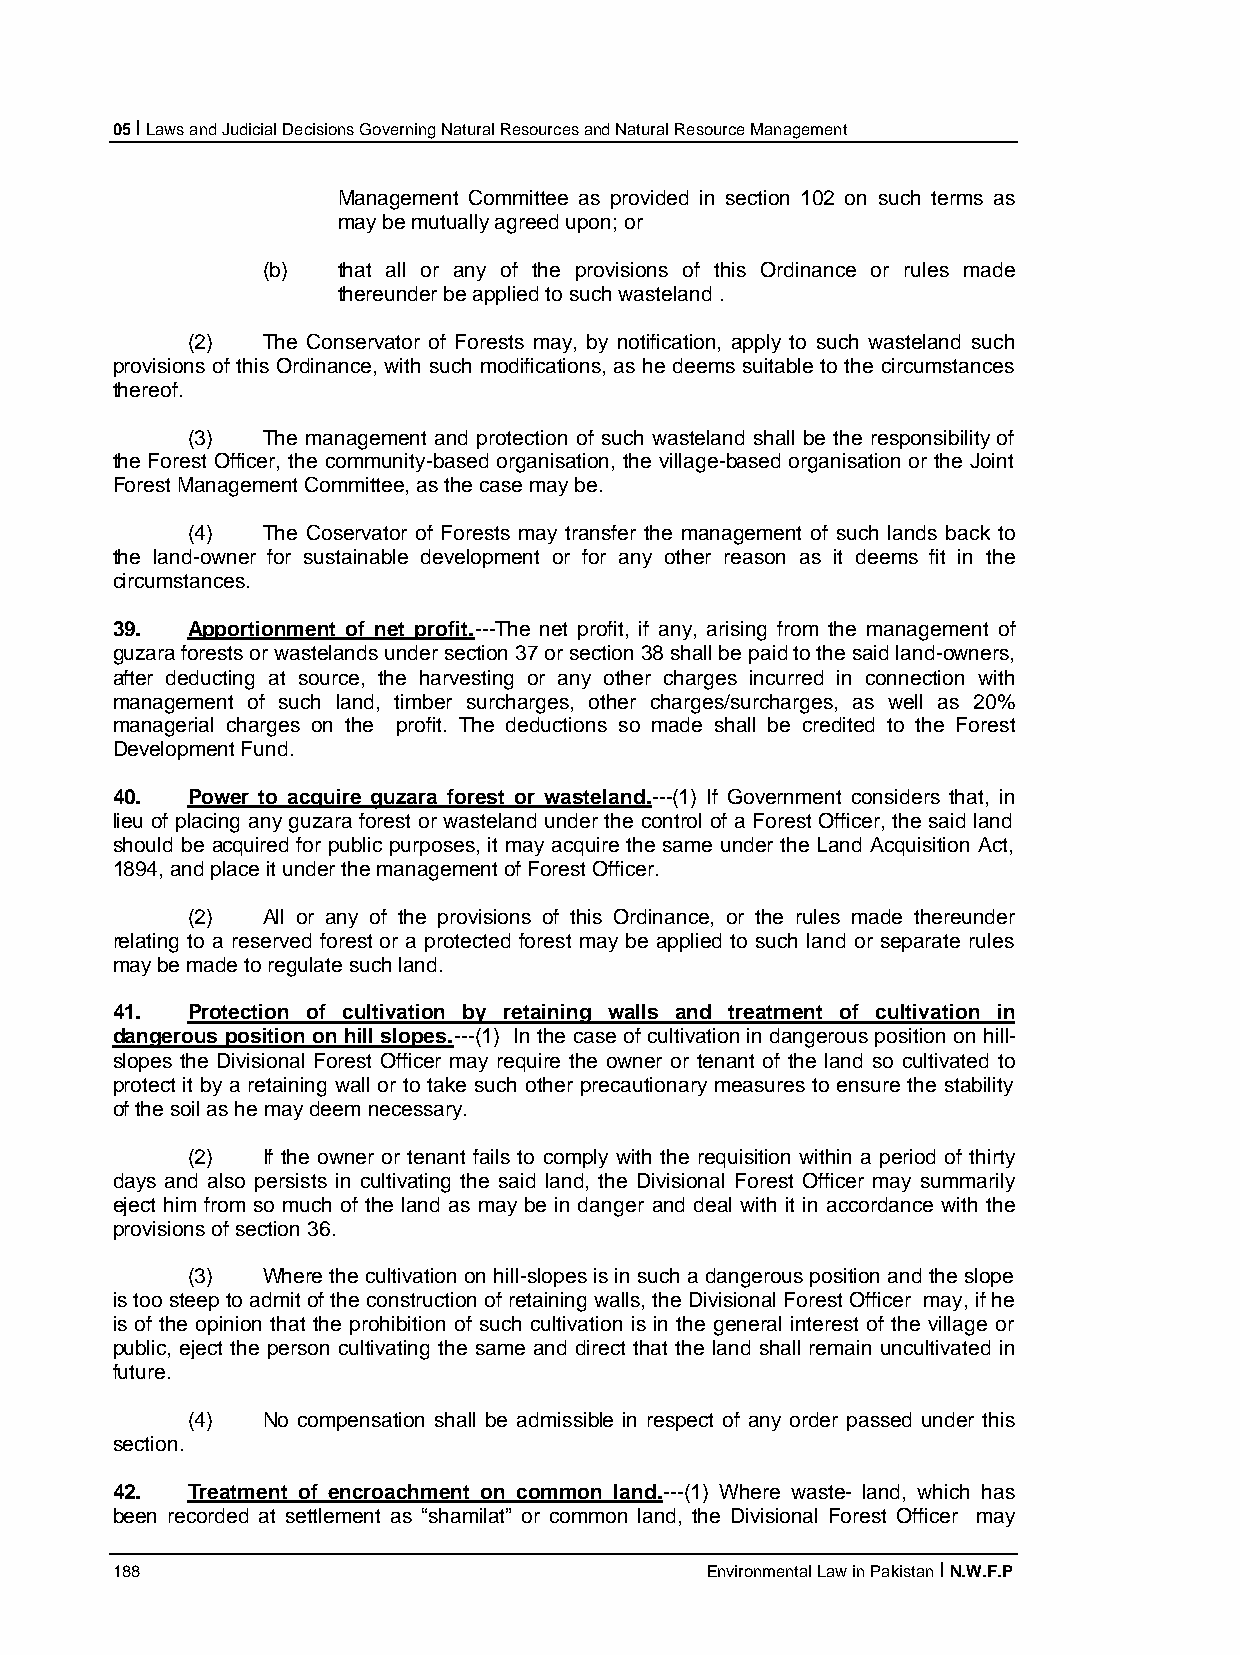
05 I Laws and Judicial Decisions Governing Natural Resources and Natural Resource Management
 Management Committee as provided in section 102 on such terms as
 may be mutually agreed upon; or
 (b)  that all or any of the provisions of this Ordinance or rules made
 thereunder be applied to such wasteland .
 (2)  The Conservator of Forests may, by notification, apply to such wasteland such
 provisions of this Ordinance, with such modifications, as he deems suitable to the circumstances
 thereof.
 (3)  The management and protection of such wasteland shall be the responsibility of
 the Forest Officer, the community-based organisation, the village-based organisation or the Joint
 Forest Management Committee, as the case may be.
 (4)  The Coservator of Forests may transfer the management of such lands back to
 the land-owner for sustainable development or for any other reason as it deems fit in the
 circumstances.
 39.  Apportionment of net profit.---The net profit, if any, arising from the management of
 guzara forests or wastelands under section 37 or section 38 shall be paid to the said land-owners,
 after deducting at source, the harvesting or any other charges incurred in connection with
 management of such land, timber surcharges, other charges/surcharges, as well as 20%
 managerial charges on the profit. The deductions so made shall be credited to the Forest
 Development Fund.
 40.  Power to acquire guzara forest or wasteland.---(1) If Government considers that, in
 lieu of placing any guzara forest or wasteland under the control of a Forest Officer, the said land
 should be acquired for public purposes, it may acquire the same under the Land Acquisition Act,
 1894, and place it under the management of Forest Officer.
 (2)  All or any of the provisions of this Ordinance, or the rules made thereunder
 relating to a reserved forest or a protected forest may be applied to such land or separate rules
 may be made to regulate such land.
 41.  Protection of cultivation by retaining walls and treatment of cultivation in
 dangerous position on hill slopes.---(1) In the case of cultivation in dangerous position on hill-
 slopes the Divisional Forest Officer may require the owner or tenant of the land so cultivated to
 protect it by a retaining wall or to take such other precautionary measures to ensure the stability
 of the soil as he may deem necessary.
 (2)  If the owner or tenant fails to comply with the requisition within a period of thirty
 days and also persists in cultivating the said land, the Divisional Forest Officer may summarily
 eject him from so much of the land as may be in danger and deal with it in accordance with the
 provisions of section 36.
 (3)  Where the cultivation on hill-slopes is in such a dangerous position and the slope
 is too steep to admit of the construction of retaining walls, the Divisional Forest Officer may, if he
 is of the opinion that the prohibition of such cultivation is in the general interest of the village or
 public, eject the person cultivating the same and direct that the land shall remain uncultivated in
 future.
 (4)  No compensation shall be admissible in respect of any order passed under this
 section.
 42.  Treatment of encroachment on common land.---(1) Where waste- land, which has
 been recorded at settlement as “shamilat” or common land, the Divisional Forest Officer may
 188                                     Environmental Law in Pakistan I N.W.F.P